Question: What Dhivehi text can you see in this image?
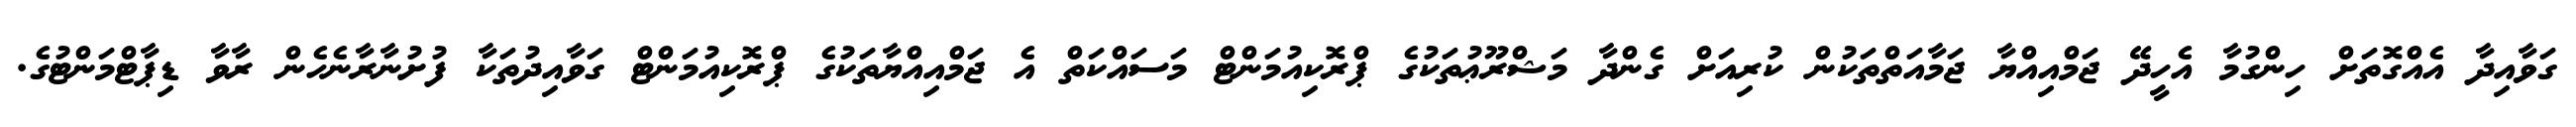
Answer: ގަވާއިދާ އެއްގޮތަށް ހިންގުމާ އެހީދޭ ޖަމްއިއްޔާ ޖަމާއަތްތަކުން ކުރިއަށް ގެންދާ މަޝްރޫޢުތަކުގެ ޕްރޮކިއުމަންޓް މަސައްކަތް އެ ޖަމްއިއްޔާތަކުގެ ޕްރޮކިއުމަންޓް ގަވާއިދުތަކާ ފުށުނާރާނެހެން ރާވާ ޑިޕާޓްމަންޓުގެ.